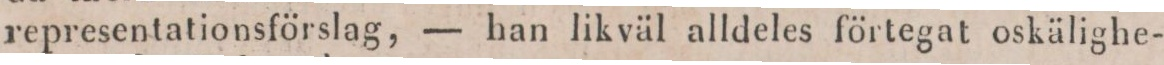
representationsförslag, — han likväl alldeles förtegat oskälighe-